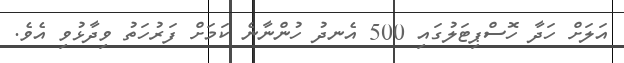
އަލަށް ހަދާ ހޮސްޕިޓަލުގައި 500 އެނދު ހުންނާނެ ކަމަށް ފަރުހަތު ވިދާޅުވި އެވެ.